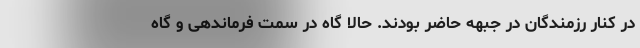
در کنار رزمندگان در جبهه حاضر بودند. حالا گاه در سِمت فرماندهی و گاه